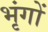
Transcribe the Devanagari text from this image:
भृंगों